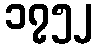
၁၇၅၂